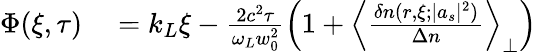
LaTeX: \begin{array}{rl}{\Phi(\xi,\tau)}&{{}=k_{L}\xi-\frac{2c^{2}\tau}{\omega_{L}w_{0}^{2}}\left(1+\left\langle\frac{\delta n(r,\xi;|a_{s}|^{2})}{\Delta n}\right\rangle_{\perp}\right)}\end{array}